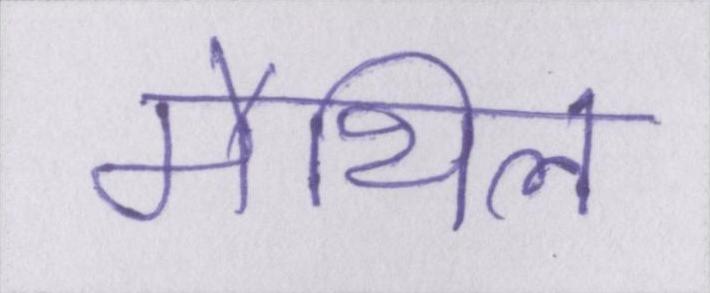
मैथिल